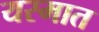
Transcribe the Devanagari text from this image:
यस्मात